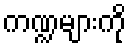
ကဏ္ဍများကို